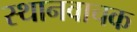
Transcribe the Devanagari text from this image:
स्थानवाचक